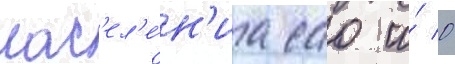
нас'ел'е́н'иа сао и́ 0